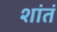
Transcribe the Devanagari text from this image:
शांतं